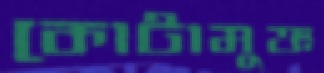
কোটামুক্ত